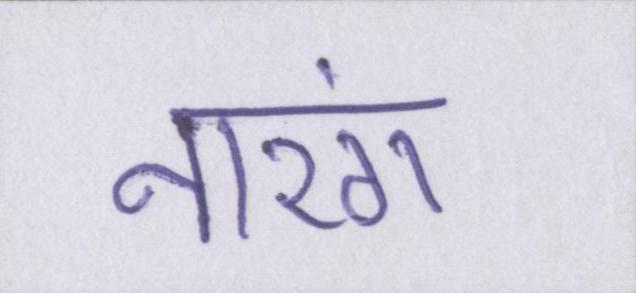
नारंग